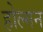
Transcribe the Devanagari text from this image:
होल्गन